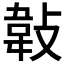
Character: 𢾁